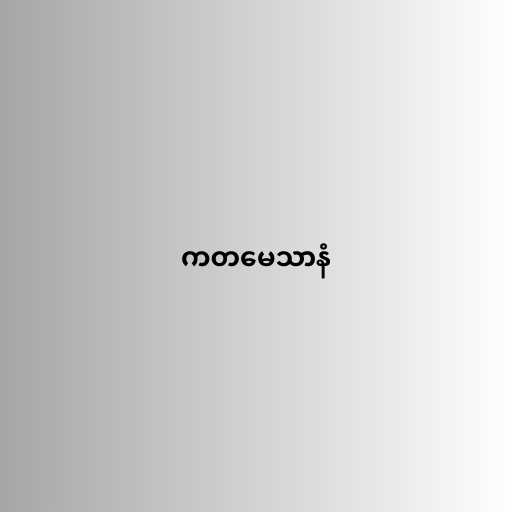
ကတမေသာနံ